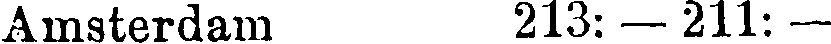
Amsterdam 213: — 211: —